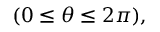
( 0 \leq \theta \leq 2 \pi ) ,